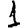
Digit: 1